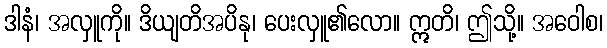
ဒါနံ၊ အလှူကို။ ဒိယျတိအပိနု၊ ပေးလှူ၏လော။ ဣတိ၊ ဤသို့။ အဝေါစ၊